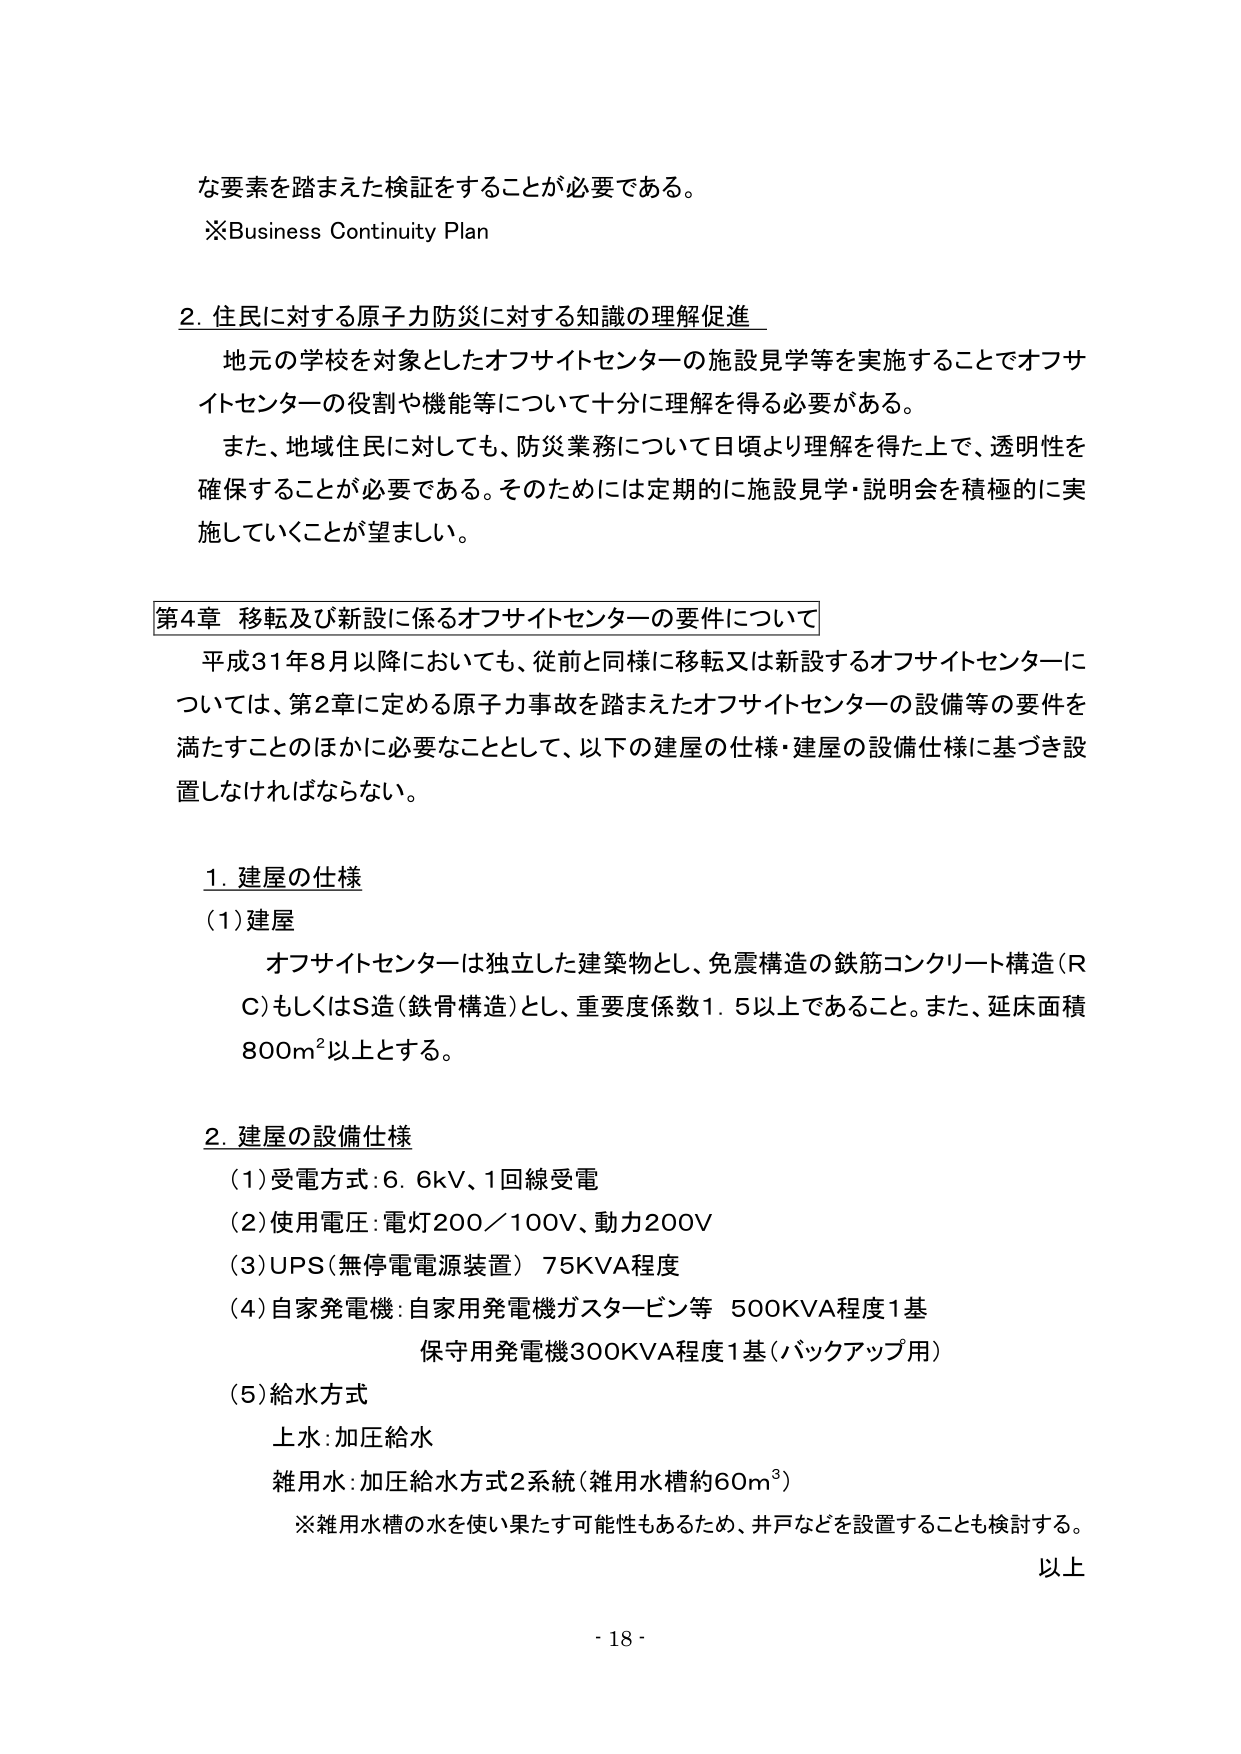
な要素を踏まえた検証をすることが必要である。
※Business Continuity Plan

2. 住民に対する原子力防災に対する知識の理解促進
　地元の学校を対象としたオフサイトセンターの施設見学等を実施することでオフサイトセンターの役割や機能等について十分に理解を得る必要がある。
　また、地域住民に対しても、防災業務について日頃より理解を得た上で、透明性を確保することが必要である。そのためには定期的に施設見学・説明会を積極的に実施していくことが望ましい。

第4章 移転及び新設に係るオフサイトセンターの要件について
　平成31年8月以降においても、従前と同様に移転又は新設するオフサイトセンターについては、第2章に定める原子力事故を踏まえたオフサイトセンターの設備等の要件を満たすことのほかに必要なこととして、以下の建屋の仕様・建屋の設備仕様に基づき設置しなければならない。

1. 建屋の仕様
　(1) 建屋
　　　オフサイトセンターは独立した建築物とし、免震構造の鉄筋コンクリート構造（RC）もしくはS造（鉄骨構造）とし、重要度係数1.5以上であること。また、延床面積800m²以上とする。

2. 建屋の設備仕様
　(1) 受電方式：6.6kV、1回線受電
　(2) 使用電圧：電灯200／100V、動力200V
　(3) UPS（無停電電源装置）75KVA程度
　(4) 自家発電機：自家用発電機ガスタービン等 500KVA程度1基
　　　　　　　保守用発電機300KVA程度1基（バックアップ用）
　(5) 給水方式
　　　上水：加圧給水
　　　雑用水：加圧給水方式2系統（雑用水槽約60m³）
　　　※雑用水槽の水を使い果たす可能性もあるため、井戸などを設置することも検討する。

以上
- 18 -